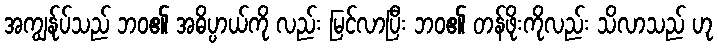
အကျွန်ုပ်သည် ဘဝ၏ အဓိပ္ပာယ်ကို လည်း မြင်လာပြီး ဘဝ၏ တန်ဖိုးကိုလည်း သိလာသည် ဟု